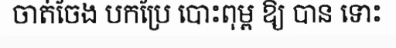
ចាត់ចែង បកប្រែ បោះពុម្ព ឱ្យ បាន ទោះ